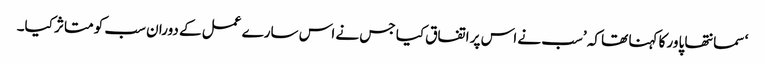
‘ سمانتھا پاور کا کہنا تھا کہ ’سب نے اس پر اتفاق کیا جس نے اس سارے عمل کے دوران سب کو متاثر کیا۔